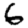
Digit: 6